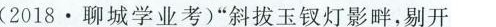
(2018·聊城学业考)“斜拔玉钗灯影畔，剔开